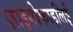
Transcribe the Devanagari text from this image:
ज़ाइगोफाइलिई